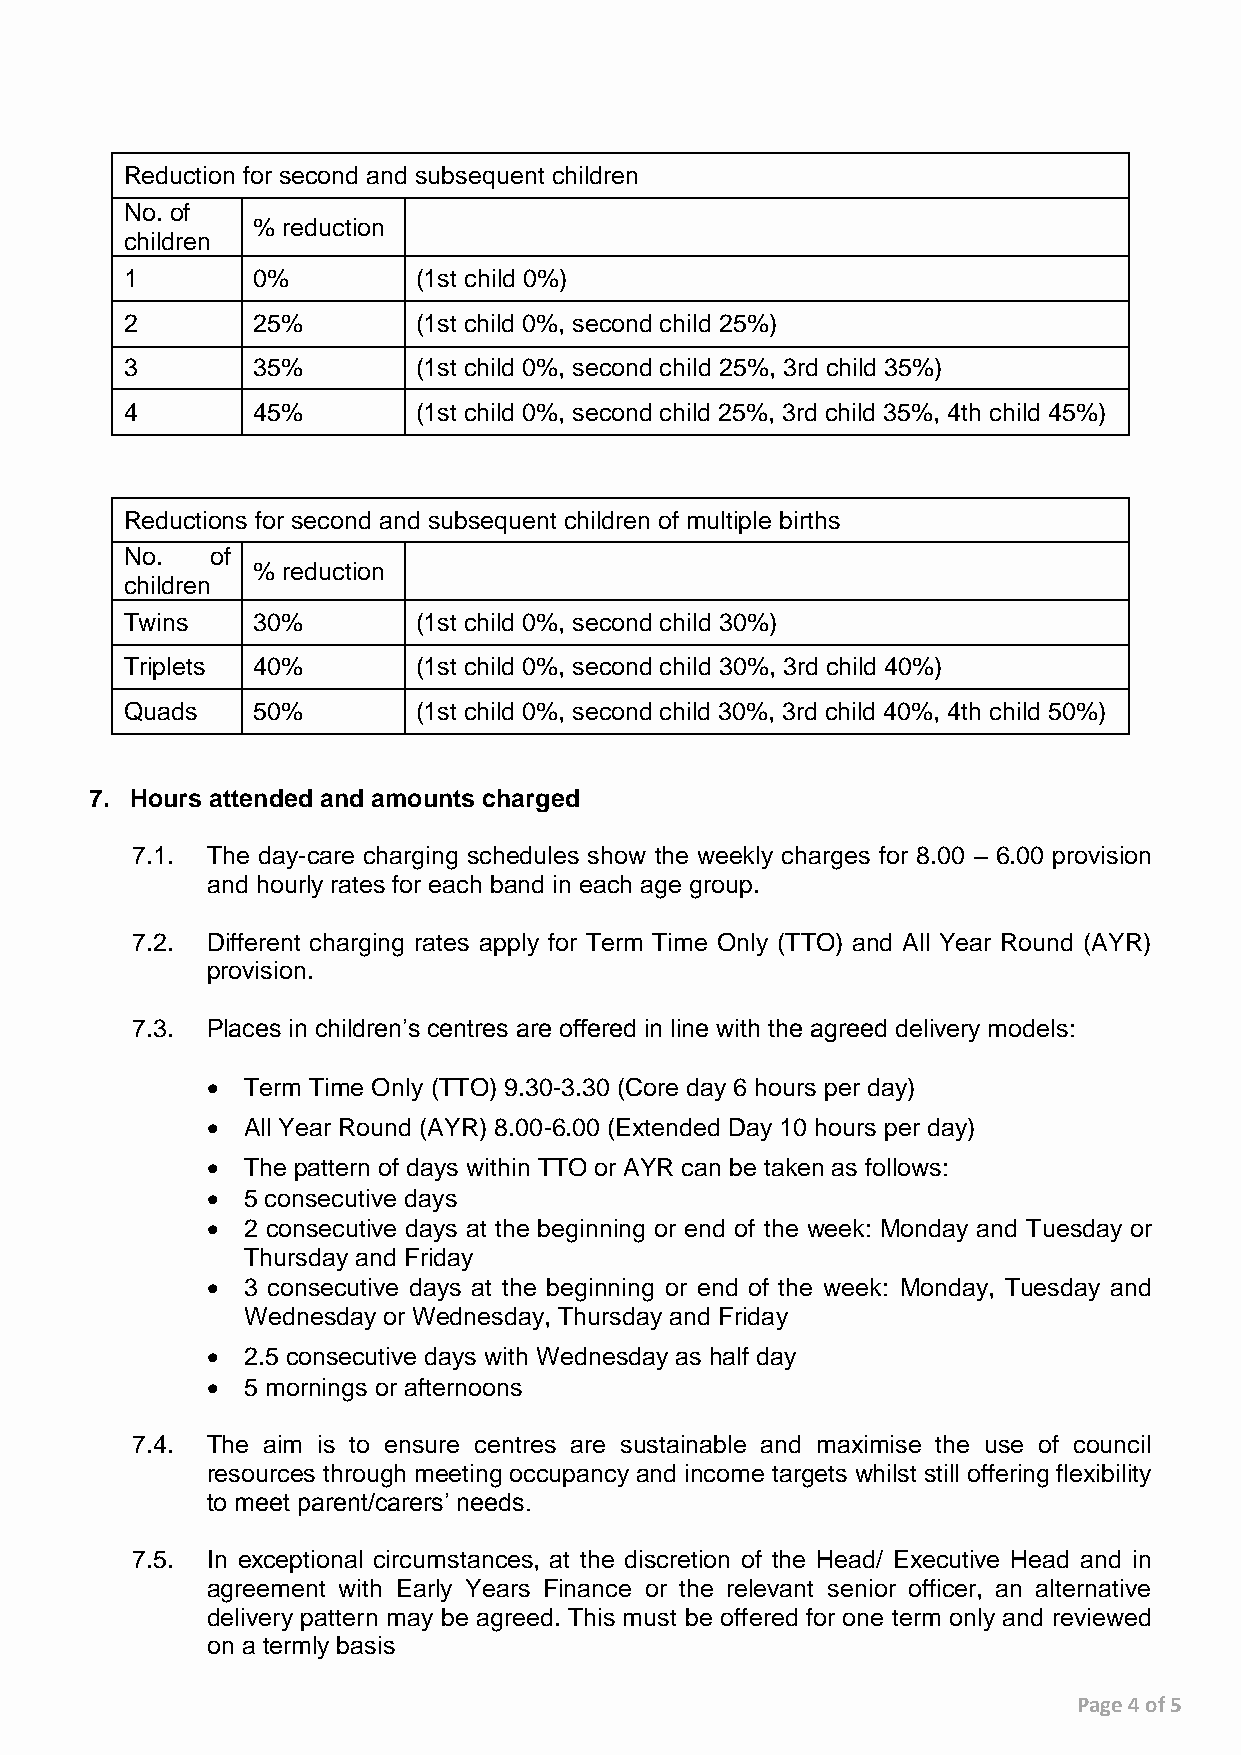
Reduction for second and subsequent children
 No. of
 % reduction
 children
 1        0%         (1st child 0%)
 2        25%        (1st child 0%, second child 25%)
 3        35%        (1st child 0%, second child 25%, 3rd child 35%)
 4        45%        (1st child 0%, second child 25%, 3rd child 35%, 4th child 45%)
 Reductions for second and subsequent children of multiple births
 No.   of
 % reduction
 children
 Twins    30%        (1st child 0%, second child 30%)
 Triplets 40%        (1st child 0%, second child 30%, 3rd child 40%)
 Quads    50%        (1st child 0%, second child 30%, 3rd child 40%, 4th child 50%)
 7. Hours attended and amounts charged
 7.1. The day-care charging schedules show the weekly charges for 8.00 – 6.00 provision
 and hourly rates for each band in each age group.
 7.2. Different charging rates apply for Term Time Only (TTO) and All Year Round (AYR)
 provision.
 7.3. Places in children’s centres are offered in line with the agreed delivery models:
  Term Time Only (TTO) 9.30-3.30 (Core day 6 hours per day)
  All Year Round (AYR) 8.00-6.00 (Extended Day 10 hours per day)
  The pattern of days within TTO or AYR can be taken as follows:
  5 consecutive days
  2 consecutive days at the beginning or end of the week: Monday and Tuesday or
 Thursday and Friday
  3 consecutive days at the beginning or end of the week: Monday, Tuesday and
 Wednesday or Wednesday, Thursday and Friday
  2.5 consecutive days with Wednesday as half day
  5 mornings or afternoons
 7.4. The aim is to ensure centres are sustainable and maximise the use of council
 resources through meeting occupancy and income targets whilst still offering flexibility
 to meet parent/carers’ needs.
 7.5. In exceptional circumstances, at the discretion of the Head/ Executive Head and in
 agreement with Early Years Finance or the relevant senior officer, an alternative
 delivery pattern may be agreed. This must be offered for one term only and reviewed
 on a termly basis
 Page 4 of 5